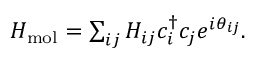
\begin{array} { r } { H _ { \mathrm { m o l } } = \sum _ { i j } H _ { i j } c _ { i } ^ { \dagger } c _ { j } e ^ { i \theta _ { i j } } . } \end{array}